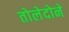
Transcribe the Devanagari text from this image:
तोलेदोने